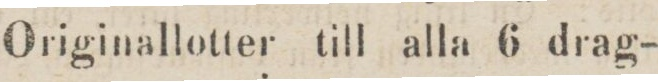
Originallotter till alla 6 drag-